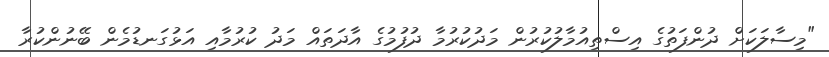
"މިސާލަކަށް ދުންފަތުގެ އިސްތިއުމާލުކުރުން މަދުކުރުމާ ދުފުމުގެ އާދަތައް މަދު ކުރުމާއި އަޅުގަނޑުމެން ބޭނުންކުރާ